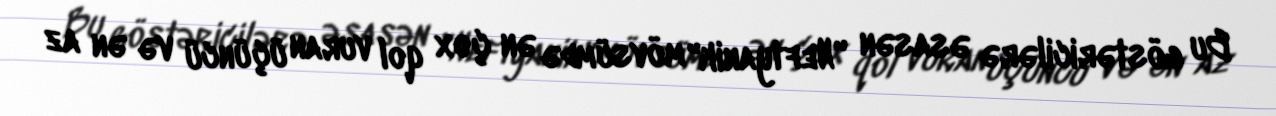
Bu göstəricilərə əsasən "Neftyanik" mövsümdə ən çox qol vuran üçüncü və ən az